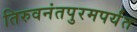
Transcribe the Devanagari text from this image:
तिरुवनंतपुरमपर्यंत